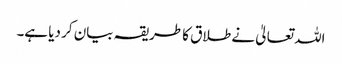
اللہ تعالیٰ نے طلاق کا طریقہ بیان کر دیا ہے۔